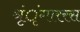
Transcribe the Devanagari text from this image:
श्रृंृंगाररस